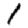
Digit: 1